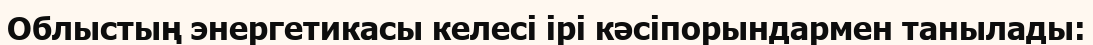
Облыстың энергетикасы келесі ірі кәсіпорындармен танылады: